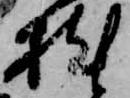
枕